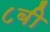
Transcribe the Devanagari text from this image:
८बी